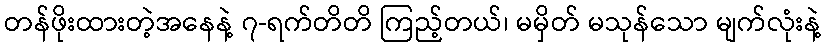
တန်ဖိုးထားတဲ့အနေနဲ့ ၇-ရက်တိတိ ကြည့်တယ်၊ မမှိတ် မသုန်သော မျက်လုံးနဲ့